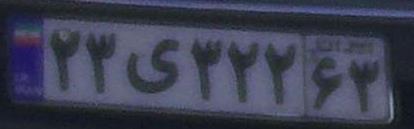
۲۳ی۳۲۲۶۳